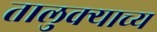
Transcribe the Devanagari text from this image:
तालुक्याच्य